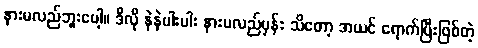
နားမလည်ဘူးပေါ့။ ဒီလို နဲနဲပါးပါး နားမလည်မှန်း သိတော့ အယင် ရောက်ပြီးဖြစ်တဲ့